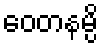
ဝေတနမ္ပိ